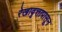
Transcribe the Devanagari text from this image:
रेखावृत्तापासून